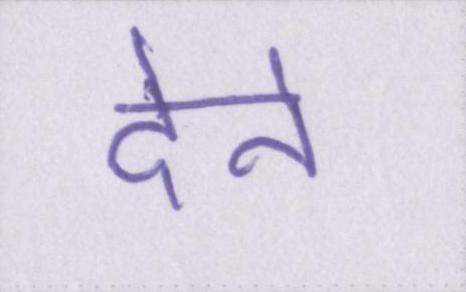
देने